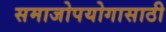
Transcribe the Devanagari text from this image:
समाजोपयोगासाठी